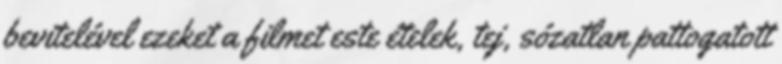
bevitelével ezeket a filmet este ételek, tej, sózatlan pattogatott